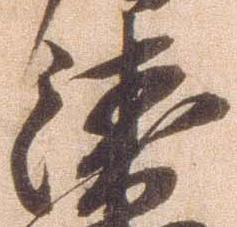
衛